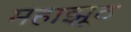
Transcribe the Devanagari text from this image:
महाझूठ